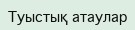
Туыстық атаулар